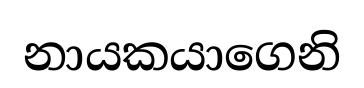
නායකයාගෙනි